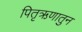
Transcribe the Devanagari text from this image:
पितृऋणातुन